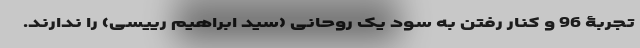
تجربۀ 96 و کنار رفتن به سود یک روحانی (سید ابراهیم رییسی) را ندارند.